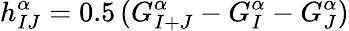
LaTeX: h_{IJ}^{\alpha}=0.5\, (G_{I+J}^{\alpha}-G_{I}^{\alpha}-G_{J}^{\alpha})